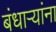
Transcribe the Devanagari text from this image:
बंधाऱ्यांना